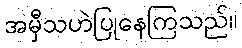
အမှီသဟဲပြုနေကြသည်။